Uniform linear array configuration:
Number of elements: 48
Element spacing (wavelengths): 1
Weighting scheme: kaiser
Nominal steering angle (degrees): -45
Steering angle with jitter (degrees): -45.484
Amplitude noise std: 0.05
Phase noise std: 0.05

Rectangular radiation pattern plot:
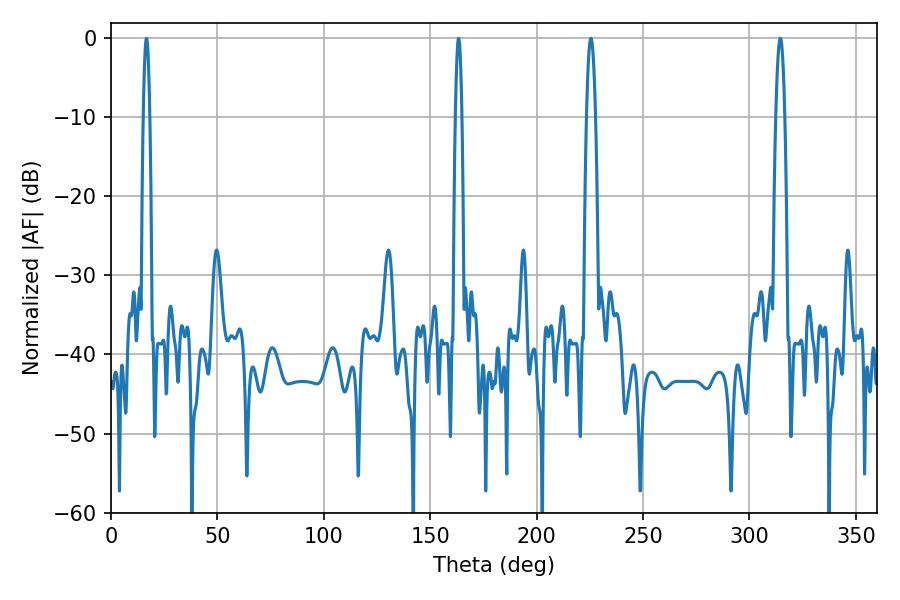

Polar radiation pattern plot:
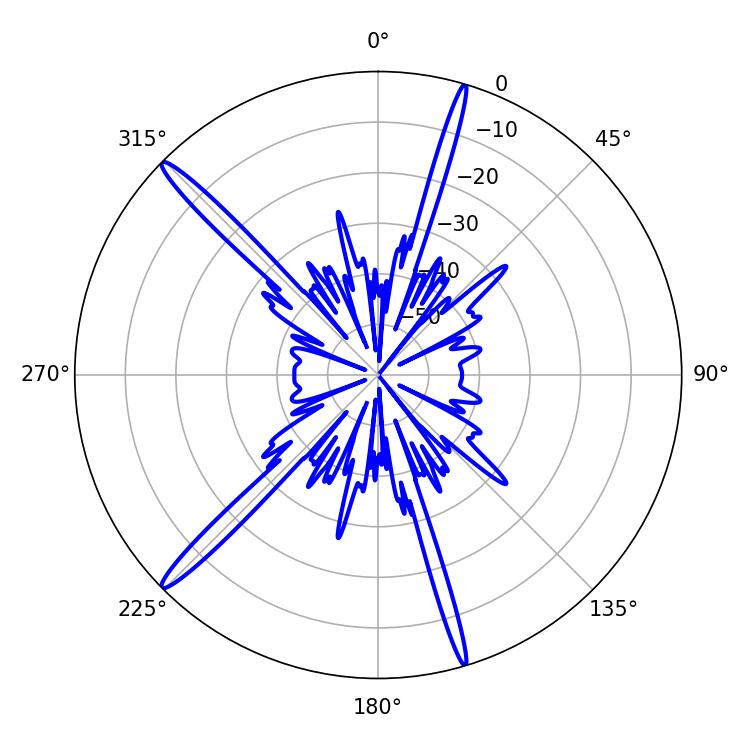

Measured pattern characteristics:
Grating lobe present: TRUE
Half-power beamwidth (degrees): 2.16
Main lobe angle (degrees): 314.46